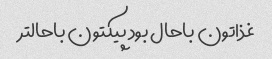
غذاتون باحال بود پیکتون باحالتر